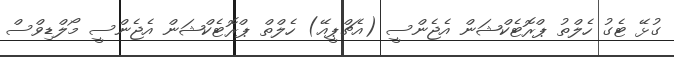
ގުޅޭ ޓެގު ހެލްތު ޕްރޮޓެކްޝަން އެޖެންސީ (އެޗްޕީއޭ) ހެލްތް ޕްރޮޓެކްޝަން އެޖެންސީ މޯލްޑިވްސް